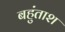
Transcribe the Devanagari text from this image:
बहुंताश